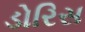
ડોરિસ